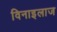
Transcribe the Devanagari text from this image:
विनाइलाज